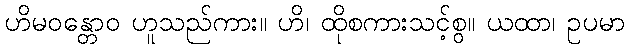
ဟိမဝန္တောဝ ဟူသည်ကား။ ဟိ၊ ထိုစကားသင့်စွ။ ယထာ၊ ဥပမာ